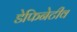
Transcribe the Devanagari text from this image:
डेफिनेटीव